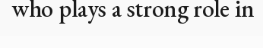
who plays a strong role in